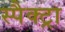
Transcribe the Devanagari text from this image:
स्पैक्ट्रा